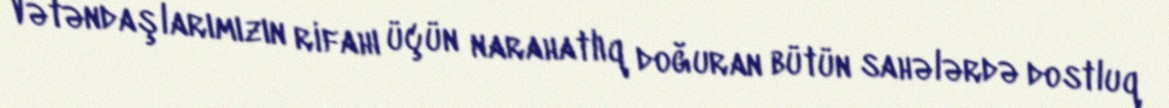
Vətəndaşlarımızın rifahı üçün narahatlıq doğuran bütün sahələrdə dostluq